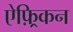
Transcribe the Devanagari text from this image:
ऐफ़्रिकन